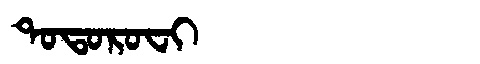
Manchu: ᡨᠣᡨᠣᡵᠣᠸᡳ
Romanization: TOTOROFI